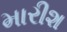
મારીશ